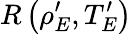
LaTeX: R\left(\rho_{E}^{\prime},T_{E}^{\prime}\right)